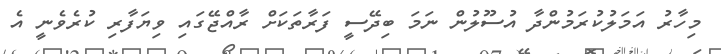
މިހާރު އަމަލުކުރަމުންދާ އުސޫލުން ނަމަ ބިދޭސީ ފަރާތަކަށް ރާއްޖޭގައި ވިޔަފާރި ކުރެވެނީ އެ